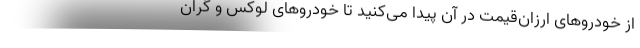
از خودروهای ارزان‌قیمت در آن پیدا می‌کنید تا خودروهای لوکس و گران